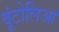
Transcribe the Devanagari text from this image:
बूंटोलिआ